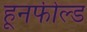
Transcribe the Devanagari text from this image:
हूनफील्ड